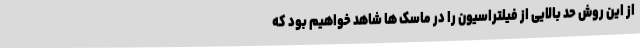
از این روش حد بالایی از فیلتراسیون را در ماسک ها شاهد خواهیم بود که